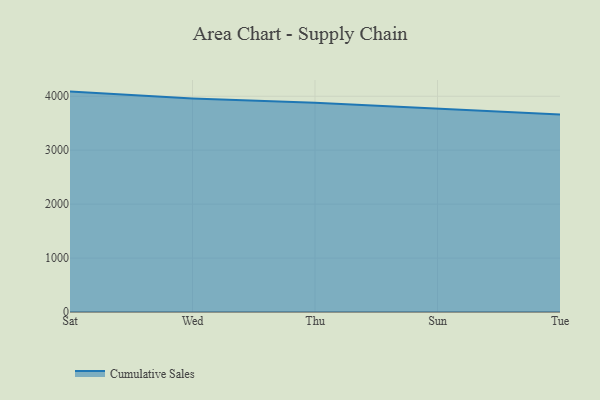
{"axis": {"x": "Day", "y": "LTV (USD)"}, "legend": ["Cumulative Sales"], "data": [{"x": "Sat", "y": 4086.6, "type": "Cumulative Sales"}, {"x": "Wed", "y": 3960.9, "type": "Cumulative Sales"}, {"x": "Thu", "y": 3880.9, "type": "Cumulative Sales"}, {"x": "Sun", "y": 3774.9, "type": "Cumulative Sales"}, {"x": "Tue", "y": 3663.4, "type": "Cumulative Sales"}]}